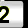
Digit: 2